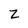
Character: Z